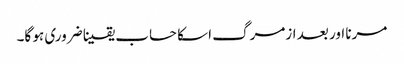
مرنا اور بعد ازمرگ اسکا حساب یقینا ضروری ہو گا۔